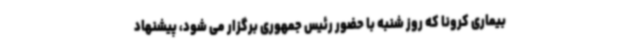
بیماری کرونا که روز شنبه با حضور رئیس جمهوری برگزار می شود، پیشنهاد